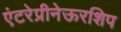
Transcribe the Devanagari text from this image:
एंटरेप्रीनेऊरशिप